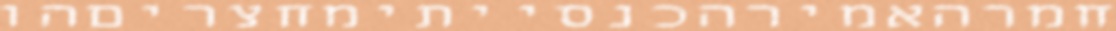
חמרהאמירהכנסייתימחצריםהו